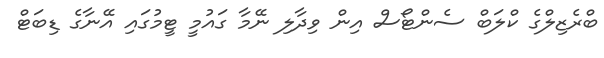
ބްރެޒިލްގެ ކްލަބް ސެންޓޯސް އިން ވިދާލި ނޭމާ ގައުމީ ޓީމުގައި އޭނާގެ ޑިބަޓް